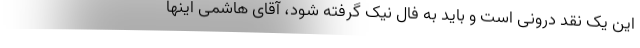
این یک نقد درونی است و باید به فال نیک گرفته شود، آقای هاشمی اینها